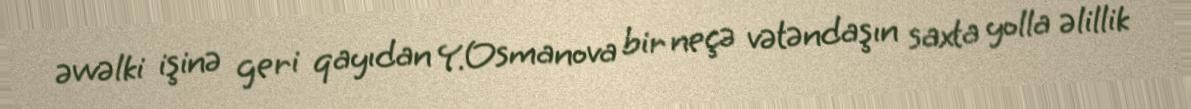
əvvəlki işinə geri qayıdan Y.Osmanova bir neçə vətəndaşın saxta yolla əlillik